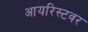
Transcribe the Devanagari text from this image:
आयरिस्टवर